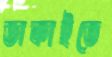
ডাকাইতে